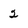
Character: 2